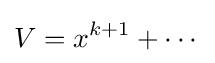
V=x^{k+1}+\cdots